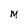
Character: M